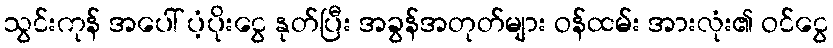
သွင်းကုန် အပေါ် ပံ့ပိုးငွေ နုတ်ပြီး အခွန်အတုတ်များ ဝန်ထမ်း အားလုံး၏ ဝင်ငွေ